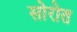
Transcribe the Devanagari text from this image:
सोरोत